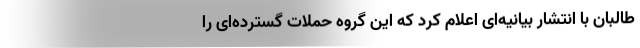
طالبان با انتشار بیانیه‌ای اعلام کرد که این گروه حملات گسترده‌ای را